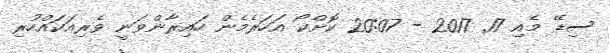
ސިޑޭ މެއި 17